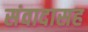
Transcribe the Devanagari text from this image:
संवादासह